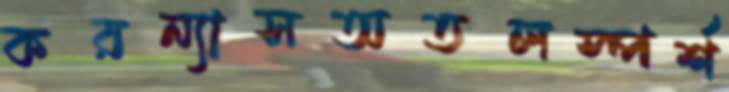
করন্যাসঅতলস্পর্শ